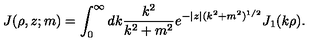
J ( \rho , z ; m ) = \int _ { 0 } ^ { \infty } d k \frac { k ^ { 2 } } { k ^ { 2 } + m ^ { 2 } } e ^ { - | z | ( k ^ { 2 } + m ^ { 2 } ) ^ { 1 / 2 } } J _ { 1 } ( k \rho ) .